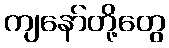
ကျနော်တို့တွေ